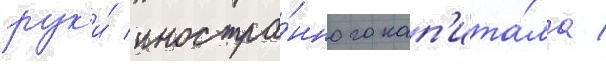
рук'и́ иностра́нного кап'ита́ла /